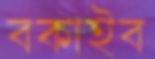
বকাইব